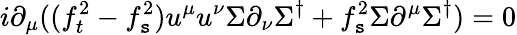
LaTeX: i\partial_{\mu}((f_{t}^{2}-f_{\mathtt{s}}^{2})u^{\mu}u^{\nu}\Sigma\partial_{\nu}\Sigma^{\dagger}+f_{\mathtt{s}}^{2}\Sigma\partial^{\mu}\Sigma^{\dagger})=0